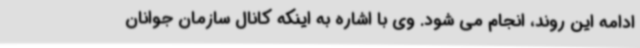
ادامه این روند، انجام می شود. وی با اشاره به اینکه کانال سازمان جوانان